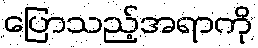
ပြောသည့်အရာကို